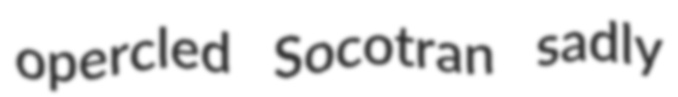
opercled Socotran sadly